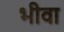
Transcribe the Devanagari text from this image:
भीवा